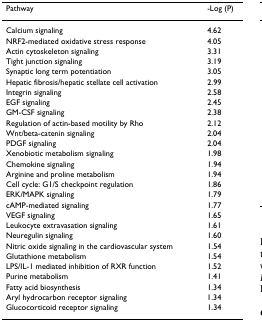
<table><thead><tr><td><b>Pathway</b></td><td><b>-Log (P)</b></td></tr></thead><tbody><tr><td>Calcium signaling</td><td>4.62</td></tr><tr><td>NRF2-mediated oxidative stress response</td><td>4.05</td></tr><tr><td>Actin cytoskeleton signaling</td><td>3.31</td></tr><tr><td>Tight junction signaling</td><td>3.19</td></tr><tr><td>Synaptic long term potentiation</td><td>3.05</td></tr><tr><td>Hepatic fibrosis/hepatic stellate cell activation</td><td>2.99</td></tr><tr><td>Integrin signaling</td><td>2.58</td></tr><tr><td>EGF signaling</td><td>2.45</td></tr><tr><td>GM-CSF signaling</td><td>2.38</td></tr><tr><td>Regulation of actin-based motility by Rho</td><td>2.12</td></tr><tr><td>Wnt/beta-catenin signaling</td><td>2.04</td></tr><tr><td>PDGF signaling</td><td>2.04</td></tr><tr><td>Xenobiotic metabolism signaling</td><td>1.98</td></tr><tr><td>Chemokine signaling</td><td>1.94</td></tr><tr><td>Arginine and proline metabolism</td><td>1.94</td></tr><tr><td>Cell cycle: G1/S checkpoint regulation</td><td>1.86</td></tr><tr><td>ERK/MAPK signaling</td><td>1.79</td></tr><tr><td>cAMP-mediated signaling</td><td>1.77</td></tr><tr><td>VEGF signaling</td><td>1.65</td></tr><tr><td>Leukocyte extravasation signaling</td><td>1.61</td></tr><tr><td>Neuregulin signaling</td><td>1.60</td></tr><tr><td>Nitric oxide signaling in the cardiovascular system</td><td>1.54</td></tr><tr><td>Glutathione metabolism</td><td>1.54</td></tr><tr><td>LPS/IL-1 mediated inhibition of RXR function</td><td>1.52</td></tr><tr><td>Purine metabolism</td><td>1.41</td></tr><tr><td>Fatty acid biosynthesis</td><td>1.34</td></tr><tr><td>Aryl hydrocarbon receptor signaling</td><td>1.34</td></tr><tr><td>Glucocorticoid receptor signaling</td><td>1.34</td></tr></tbody></table>